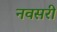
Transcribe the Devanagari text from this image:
नवसरी